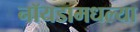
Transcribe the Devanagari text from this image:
नॉयडामधल्या